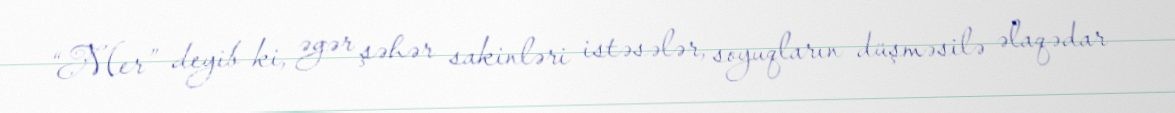
“Mer” deyib ki, əgər şəhər sakinləri istəsələr, soyuqların düşməsilə əlaqədar